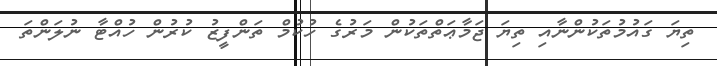
ތިޔަ ގައުމުތަކުންނާއި ތިޔަ ޖަމާޢަތްތަކުން މަރުގެ ހުކުމް ތަންފީޒު ކުރުން ހުއްޓާ ނުލަންތަ